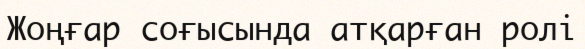
Жоңғар соғысында атқарған ролі